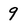
Character: 9